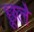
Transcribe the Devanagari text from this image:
छूले